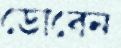
ডোবেন